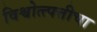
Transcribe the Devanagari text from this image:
विश्वोत्त्पत्तीचा